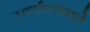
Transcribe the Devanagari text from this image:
स्वर्णंपत्रवाले